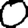
Digit: 0